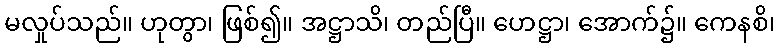
မလှုပ်သည်။ ဟုတွာ၊ ဖြစ်၍။ အဋ္ဌာသိ၊ တည်ပြီ။ ဟေဋ္ဌာ၊ အောက်၌။ ကေနစိ၊